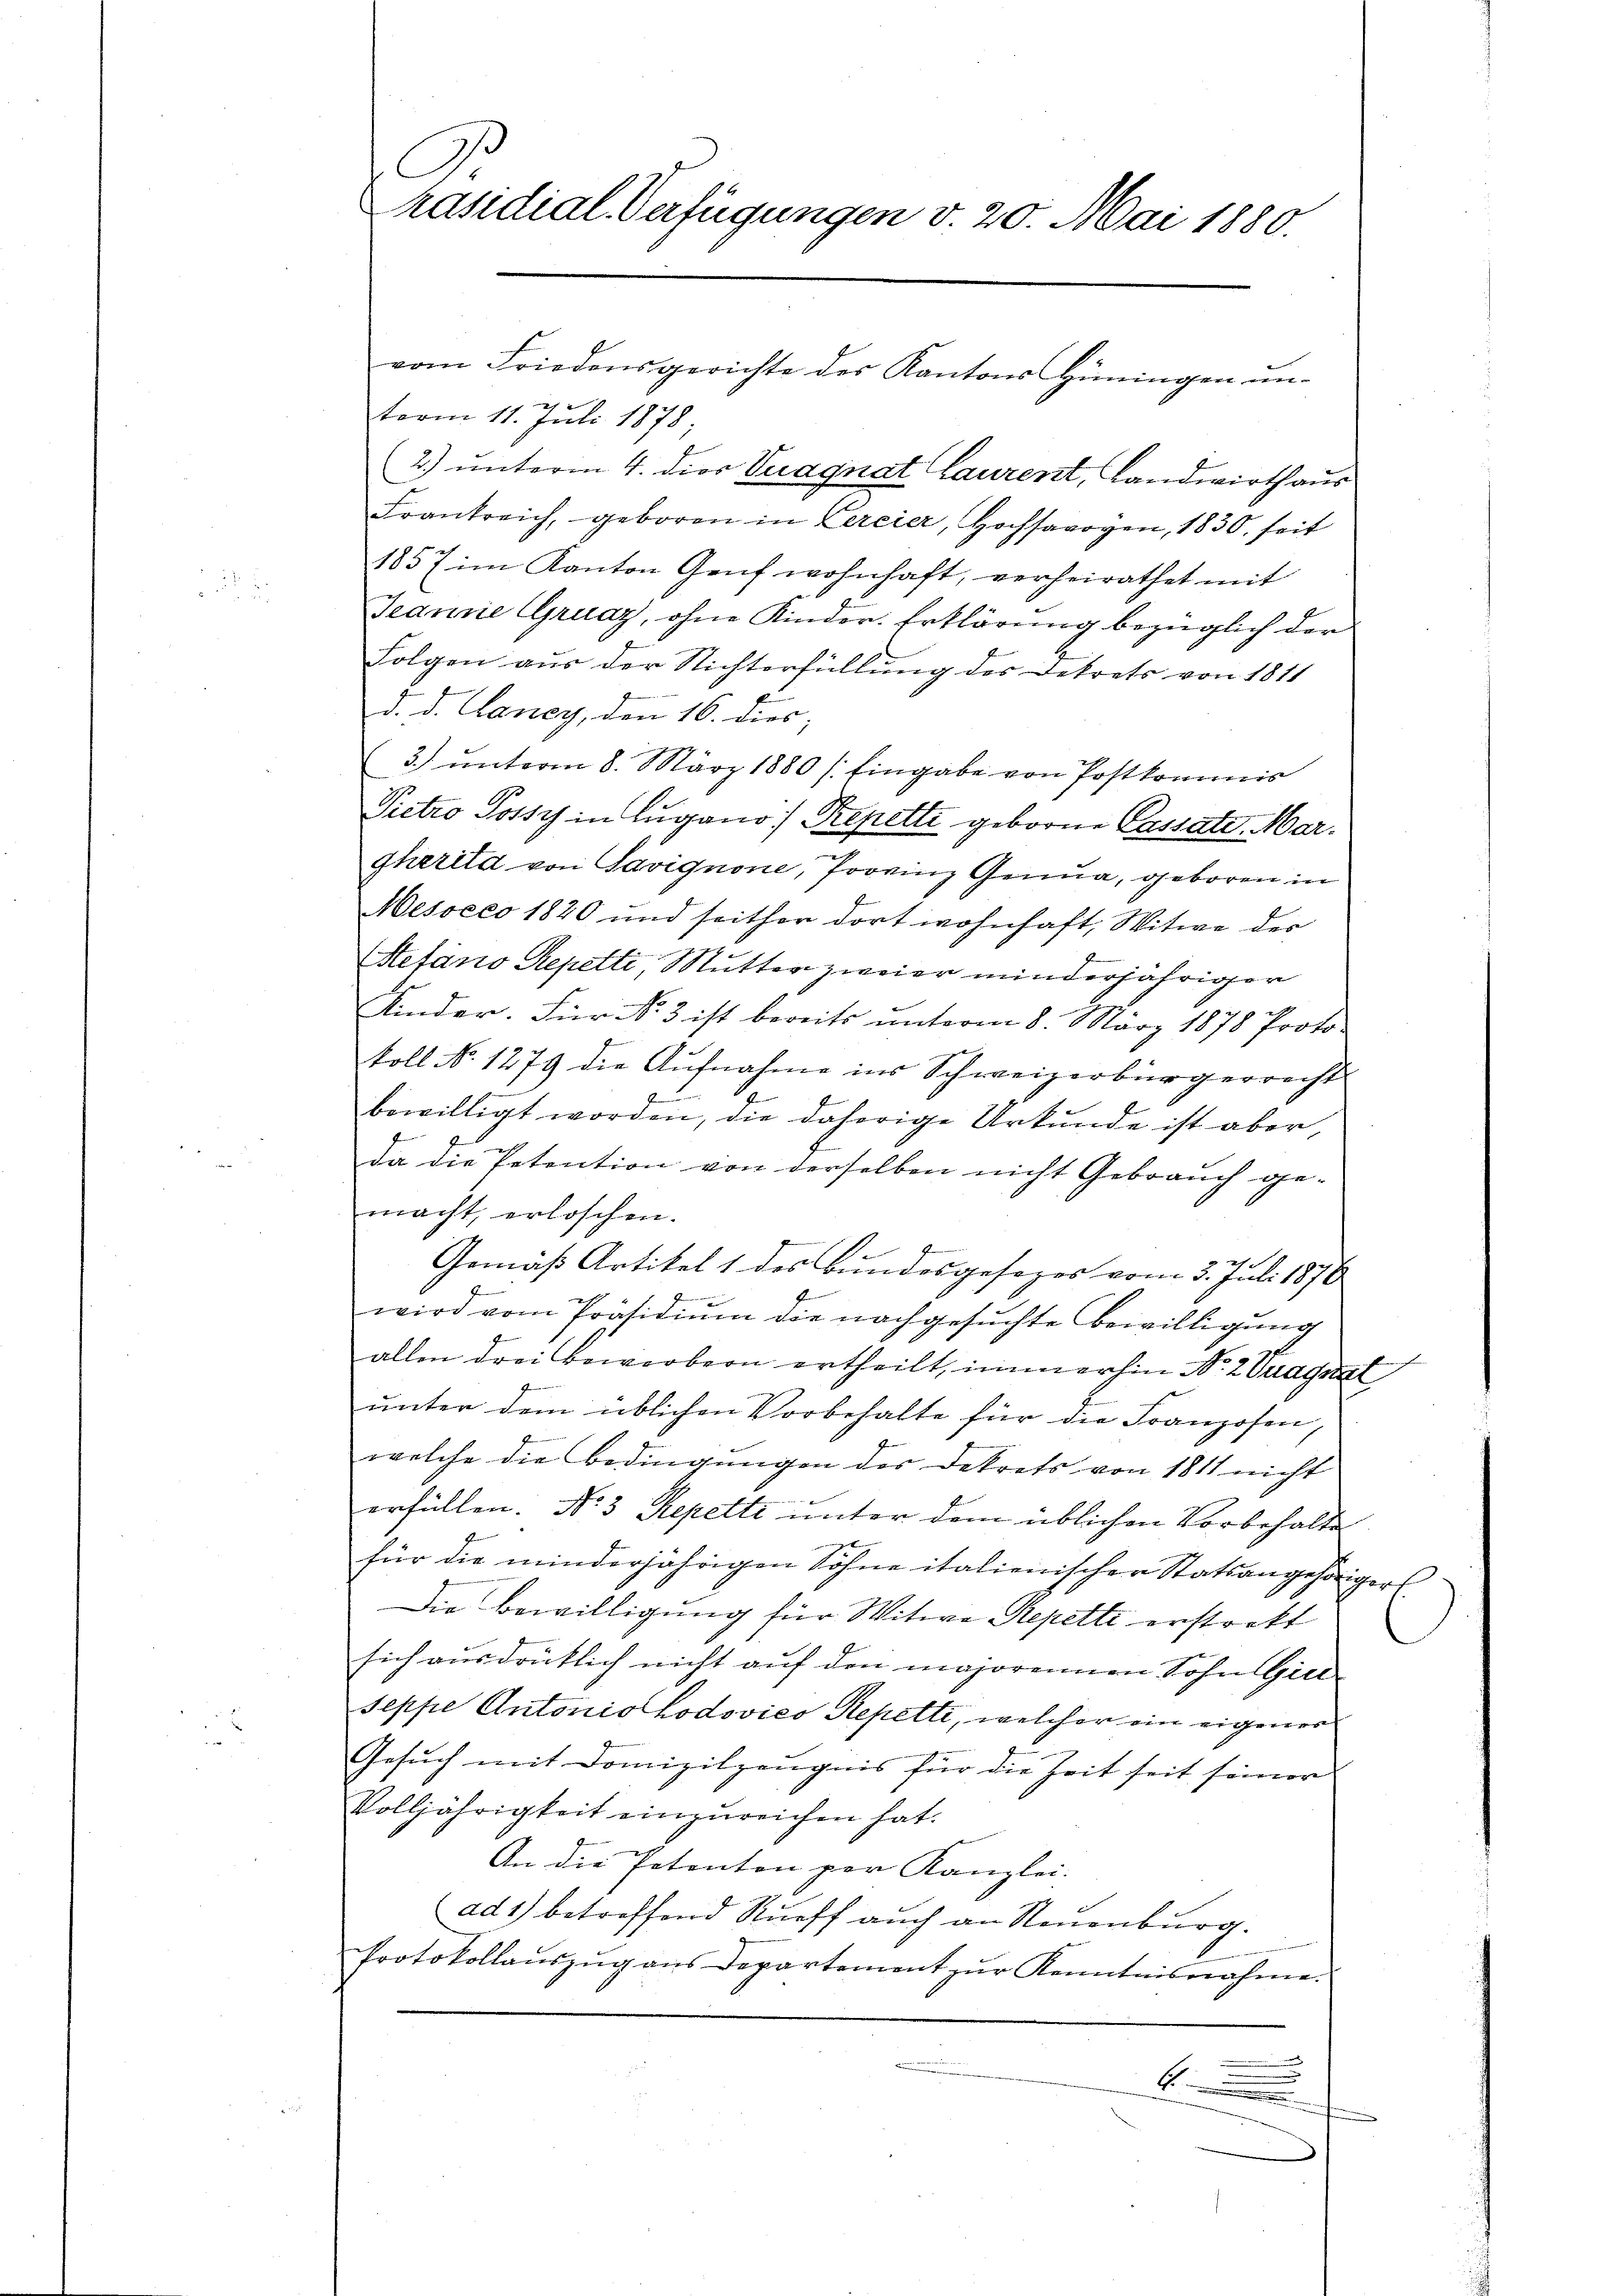
C
Präsidial-Verfügungen v. 20. Mai 1880.

term 11. Juli 1878
2.) unterm 4. dies Vuagnat Laurent, Landwirth aus
Frankreich, geboren in Vereier, Hochsarogen, 1830, seit
1857 im Kanton Genf wohnhaft, verheirathet mit
Jeanne Gruaz, ohne Kinder-Erklärung bezüglich der
Folgen aus der Nichterfüllung des Dekrets von 1811
d. d. Laney, den 16. dies;
3) unterm 8. März 1880 (Eingabe von Postkommis
Pietro Possy in Lugano Repetti geborne Cassate. Margherita von Savignone, Provinz Genua, geboren in
Mesocco 1820 und seither dort wohnhaft, Witwe der
Stefanio Repetti, Mutter zweier minderjähriger
Kinder. Für N. 3 ist bereits unterm 8. März 1878 Proto-
koll No 1279 die Aufnahme ins Schweizerbürgerrecht
bewilligt worden, die daherige Urkunde ist aber,
da die Petention von derselben nicht Gebrauch ge-
macht, erloschen.
Gemäß Artikel 1 des Bundesgesezes vom 3. Juli 1876
d
wird vom Präsidium die nachgesuchte Bewilligung
.
allen drei Bewerbern ertheilt, immerhin Nr. 2 Tragnat
unter dem üblichen Vorbehalte für die Franzosen,
welche die Bedingungen des Dekrets von 1811 nicht
erfüllen. No 3 Repetti unter dem üblichen Vorbehalte
für die minderjährigen Sohne italienischen Statsangehörigers
Die Bewilligung für Witwe Repetti erstorkt
sich ausdrücklich nicht auf den majorennen Sohn Gill
seppe Antoniohodovico Repetti, welcher ein eigenes
Gesuch mit Domizilzeugnis für die Zeit seit seiner
Volljährigkeit einzureichen hat.
An die Petenten par Kanzlei.
ad1) betreffend Rueff auch an Neuenburg.
Protokollauszug aus Departement zur Kenntnisnahme.
6

vom Friedensgerichte des Kantons Hüningen un¬